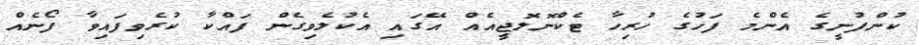
ކުންފުނީގެ އެންމެ ފަހުގެ ހުރިހާ ޓެކްނޮލޮޖީއެއް އޭގައި އެކުލެވިގެން ފައްކާ ކުރެވިފައިވާ ފޯނެއް